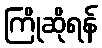
ကြိုဆိုရန်